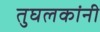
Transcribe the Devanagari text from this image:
तुघलकांनी